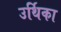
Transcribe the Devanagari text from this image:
उर्थिका